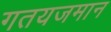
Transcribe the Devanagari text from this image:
गतयजमान